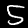
Label: 5